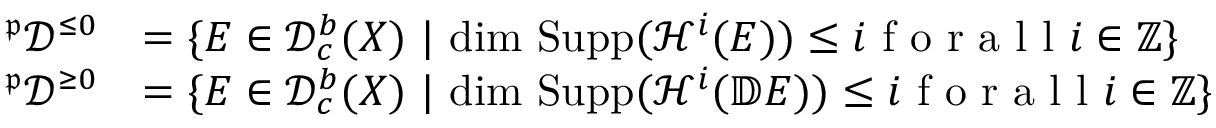
\begin{array} { r l } { ^ { \mathfrak { p } } \mathcal { D } ^ { \leq 0 } } & { = \{ E \in \mathcal { D } _ { c } ^ { b } ( X ) \ | \ \mathrm { d i m } \ \mathrm { S u p p } ( \mathcal { H } ^ { i } ( E ) ) \leq i \textrm { f o r a l l } i \in \mathbb { Z } \} } \\ { ^ { \mathfrak { p } } \mathcal { D } ^ { \geq 0 } } & { = \{ E \in \mathcal { D } _ { c } ^ { b } ( X ) \ | \ \mathrm { d i m } \ \mathrm { S u p p } ( \mathcal { H } ^ { i } ( \mathbb { D } E ) ) \leq i \textrm { f o r a l l } i \in \mathbb { Z } \} } \end{array}